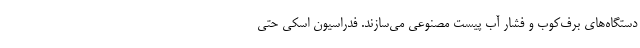
دستگاه‌های برف‌کوب و فشار آب پیست مصنوعی می‌سازند. فدراسیون اسکی حتی